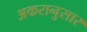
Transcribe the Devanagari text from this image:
अकरानुसार